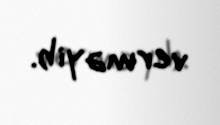
verməyib.